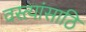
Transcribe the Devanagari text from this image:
वस्त्यांसाठि